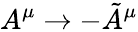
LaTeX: A^{\mu}\rightarrow-\tilde{A}^{\mu}